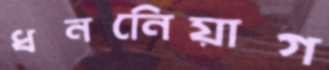
ধননিেয়াগ